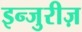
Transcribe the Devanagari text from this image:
इन्जुरीज़